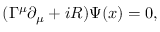
( \Gamma ^ { \mu } \partial _ { \mu } + i R ) \Psi ( x ) = 0 ,